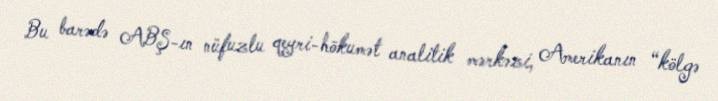
Bu barədə ABŞ-ın nüfuzlu qeyri-hökumət analitik mərkəzi, Amerikanın “kölgə